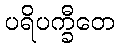
ပရိပက္ခီတေ